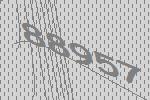
88957